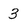
Character: 3